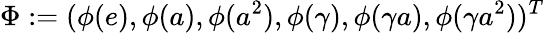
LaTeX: \Phi:=(\phi(e),\phi(a),\phi(a^{2}),\phi(\gamma),\phi(\gamma a),\phi(\gamma a^{2}))^{T}